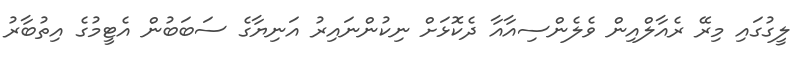
ލީގުގައި މިރޭ ރެއާލްއިން ވެލެންސިއާއާ ދެކޮޅަށް ނިކުންނައިރު އަނިޔާގެ ސަބަބުން އެޓީމުގެ އިތުބާރު